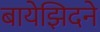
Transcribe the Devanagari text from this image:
बायेझिदने